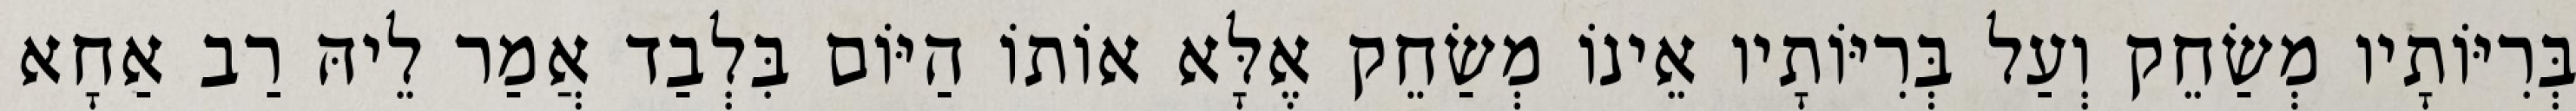
בְּרִיּוֹתָיו מְשַׂחֵק וְעַל בְּרִיּוֹתָיו אֵינוֹ מְשַׂחֵק אֶלָּא אוֹתוֹ הַיּוֹם בִּלְבַד אֲמַר לֵיהּ רַב אַחָא